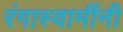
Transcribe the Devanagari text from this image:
रंगास्वामींनी